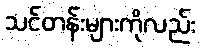
သင်တန်းများကိုလည်း